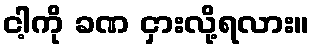
ငါ့ကို ခဏ ငှားလို့ရလား။